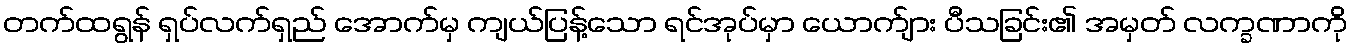
တက်ထရွန် ရှပ်လက်ရှည် အောက်မှ ကျယ်ပြန့်သော ရင်အုပ်မှာ ယောက်ျား ပီသခြင်း၏ အမှတ် လက္ခဏာကို